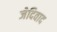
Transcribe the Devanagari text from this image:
जेदिवाद